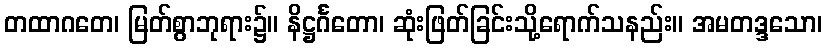
တထာဂတေ၊ မြတ်စွာဘုရား၌။ နိဋ္ဌင်္ဂတော၊ ဆုံးဖြတ်ခြင်းသို့ရောက်သနည်း။ အမတဒ္ဒသော၊